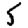
Digit: 5